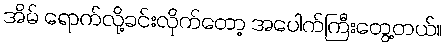
အိမ် ရောက်လို့ခင်းလိုက်တော့ အပေါက်ကြီးတွေ့တယ်။